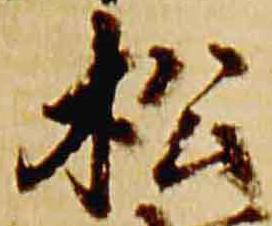
松